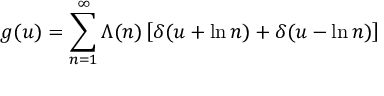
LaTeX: g ( u ) = \sum _ { n = 1 } ^ { \infty } \Lambda ( n ) \left[ \delta ( u + \ln n ) + \delta ( u - \ln n ) \right]